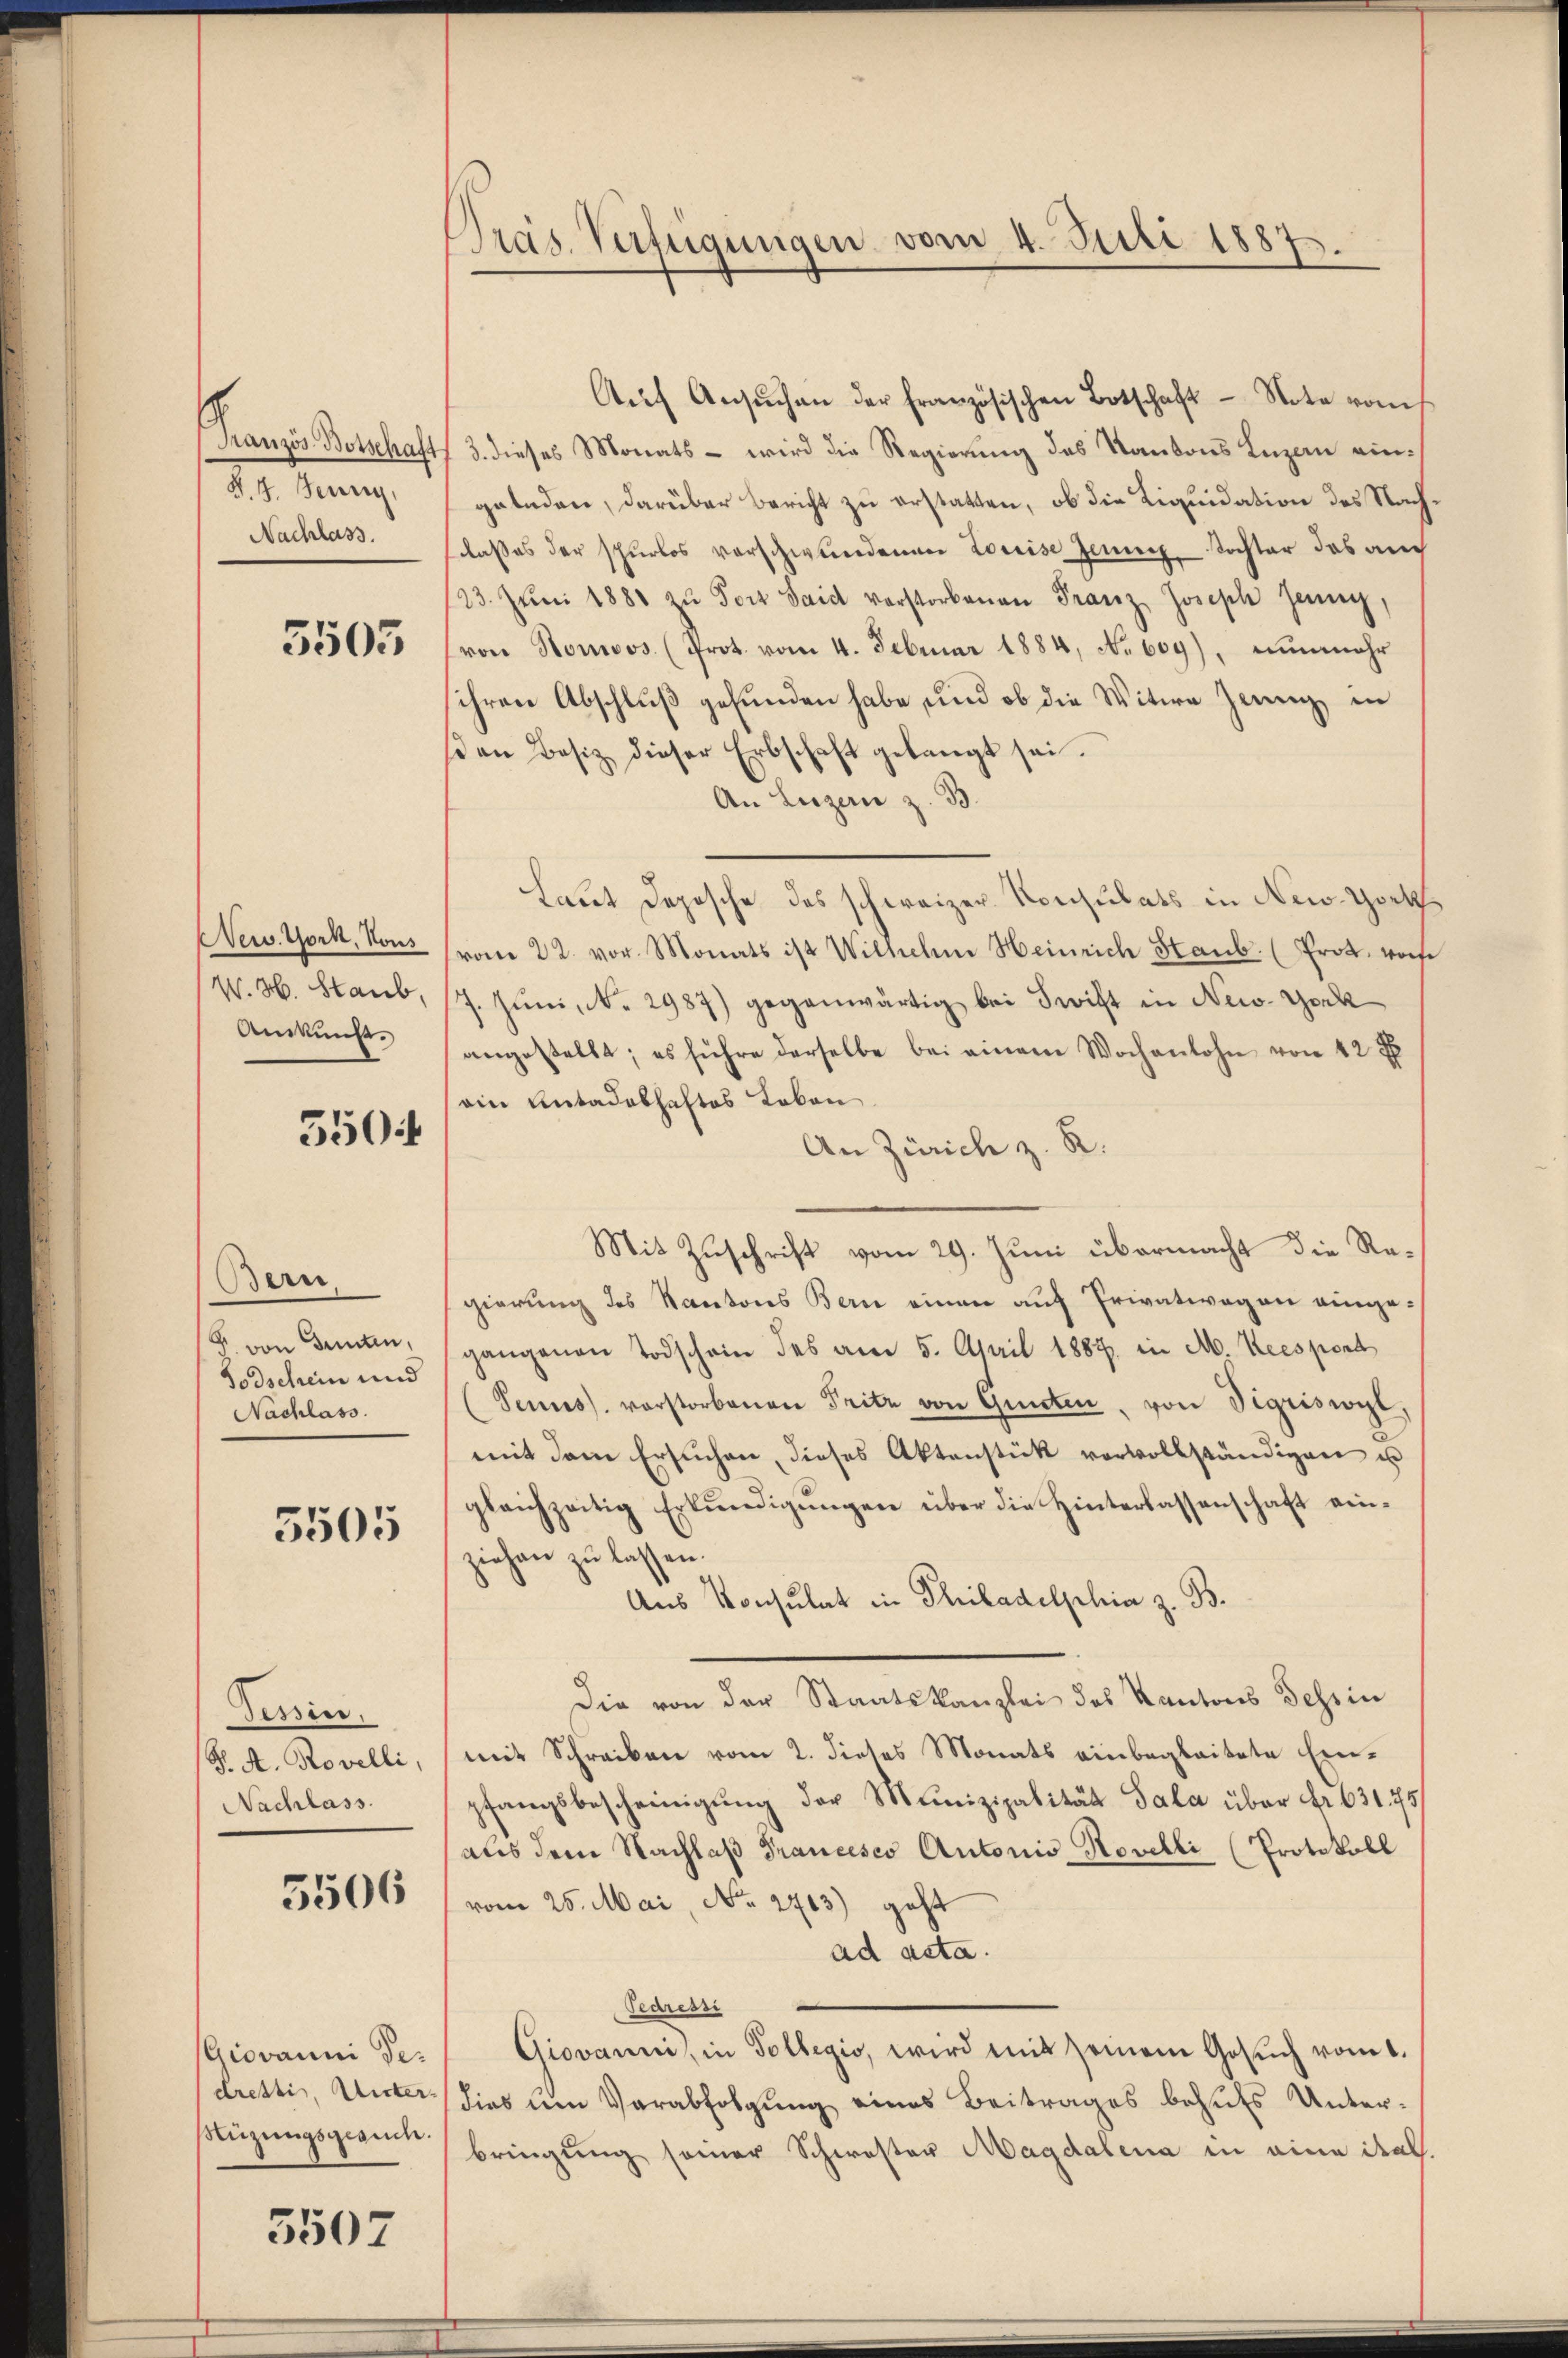
Französ Botschaft,
§. 4. Jenny,

5505

New York, Vous
W. H. Staub,
Auskunft.

3504

Bern,
. von Senten,
Todschein und
Nachlass.

3505

Tessin.
B. A. Rovelli,
Nachlass

5506

(Giovanni Dedrettis, Unter
Müzungsgesuch.

5507

Präs. Verfügungen vom 4. Juli 1887.

Aŭf Ansŭchen der französischen Botschaft - Note raus
3. dieses Monats - wird die Regierung des Kantons Luzan eingeladen, darüber bericht zu erstatten, ob die Liquidation des Nach¬
Nachlass. laßes der schŭrlos verschwundenen Loreise Jener Tochter das auch
/23. Jŭni 1880 zŭ Porz Saidt verstorbenen Franz Joseph Jenny,
(von Homoos (prot. vom 4. Februar 1884, No 609), nunmehr
sehren Abschluß gefunden habe, und ob die Witwe Zeug, in
sden Besiz dieser Erbschaft gelangt sei.
An Luzern z. B.
Laut Depesche des schweizer Konsulats in New-York
vom 22. von Monats ist Wilhelm Heinrich Staub. (Prot. worfe
7. Jŭni, No. 2987) gegenwärtig bei Swift in New-York
angestellt; es führe derselbe bei einem Wochenlohn von 42 x
ain Antadelhaftes Lobon
An Zürich z. R.
Mit Zuschrift vom 29. Juni übermacht die Regierung des Kantons Bern einen auf Privatwegen eingegangenen Todschein des am 5. April 1887 in M. Keespont
(Senues. vorstorbenen Pritz von Gunsten, von Sigriswyl,
mit dem Ersuchen, dieses Aktenstück vervollständigen u
gleichzeitig Erkŭndigŭngen über die Hinterlassenschaft einziehen zu lassen.
Aus Konsulat in Philadelphia z. B.
Die von der Staatskanzlei des Kantons Tessin
mit Schreiben vom 2. dieses Monats einbegleitete Einpfangsbescheinigŭng der Munizipalität Sala über Fr. 631. 75
aus dem Nachlaß Francesco Autoris Novelli (Protokoll
vom 25. Mai, No. 2713) geht
ad acta.
Sedressi
Giovanni (in Follegio, wird mit seinem Gesŭch vom 1.
dies um Verabfolgung eines Beitrages behufs Unterbringung seiner Schwester Magdalena in eine ital.